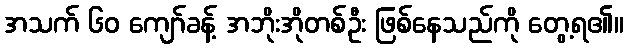
အသက် ၆၀ ကျော်ခန့် အဘိုးအိုတစ်ဦး ဖြစ်နေသည်ကို တွေ့ရ၏။